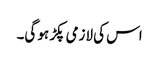
اس کی لازمی پکڑ ہو گی۔